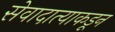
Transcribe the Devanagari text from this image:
सेवादात्याकडून